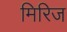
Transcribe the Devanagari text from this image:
मिरिज